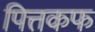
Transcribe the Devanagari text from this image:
पित्तकफ